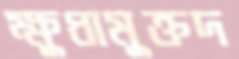
ক্ষুধামুক্তদ